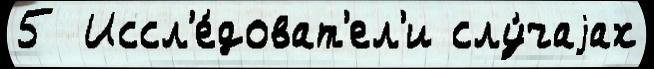
5  Иссл'е́доват'ел'и слу́чаjах